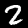
Label: 2